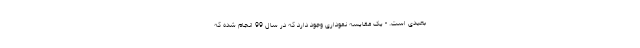
بعیدی است. - یک مقایسه نموداری وجود دارد که در سال 99 انجام شده که